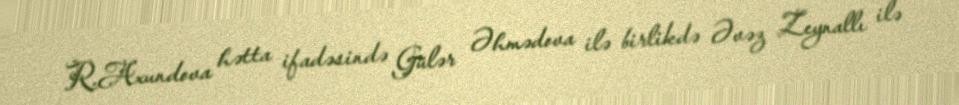
R.Axundova hətta ifadəsində Gülər Əhmədova ilə birlikdə Əvəz Zeynallı ilə